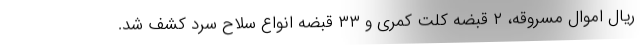
ریال اموال مسروقه، ۲ قبضه کلت کمری و ۳۳ قبضه انواع سلاح سرد کشف شد.